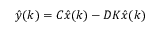
{ \hat { y } } ( k ) = C { \hat { x } } ( k ) - D K { \hat { x } } ( k )